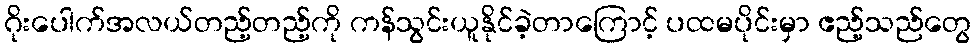
ဂိုးပေါက်အလယ်တည့်တည့်ကို ကန်သွင်းယူနိုင်ခဲ့တာကြောင့် ပထမပိုင်းမှာ ဧည့်သည်တွေ